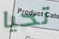
تحيا